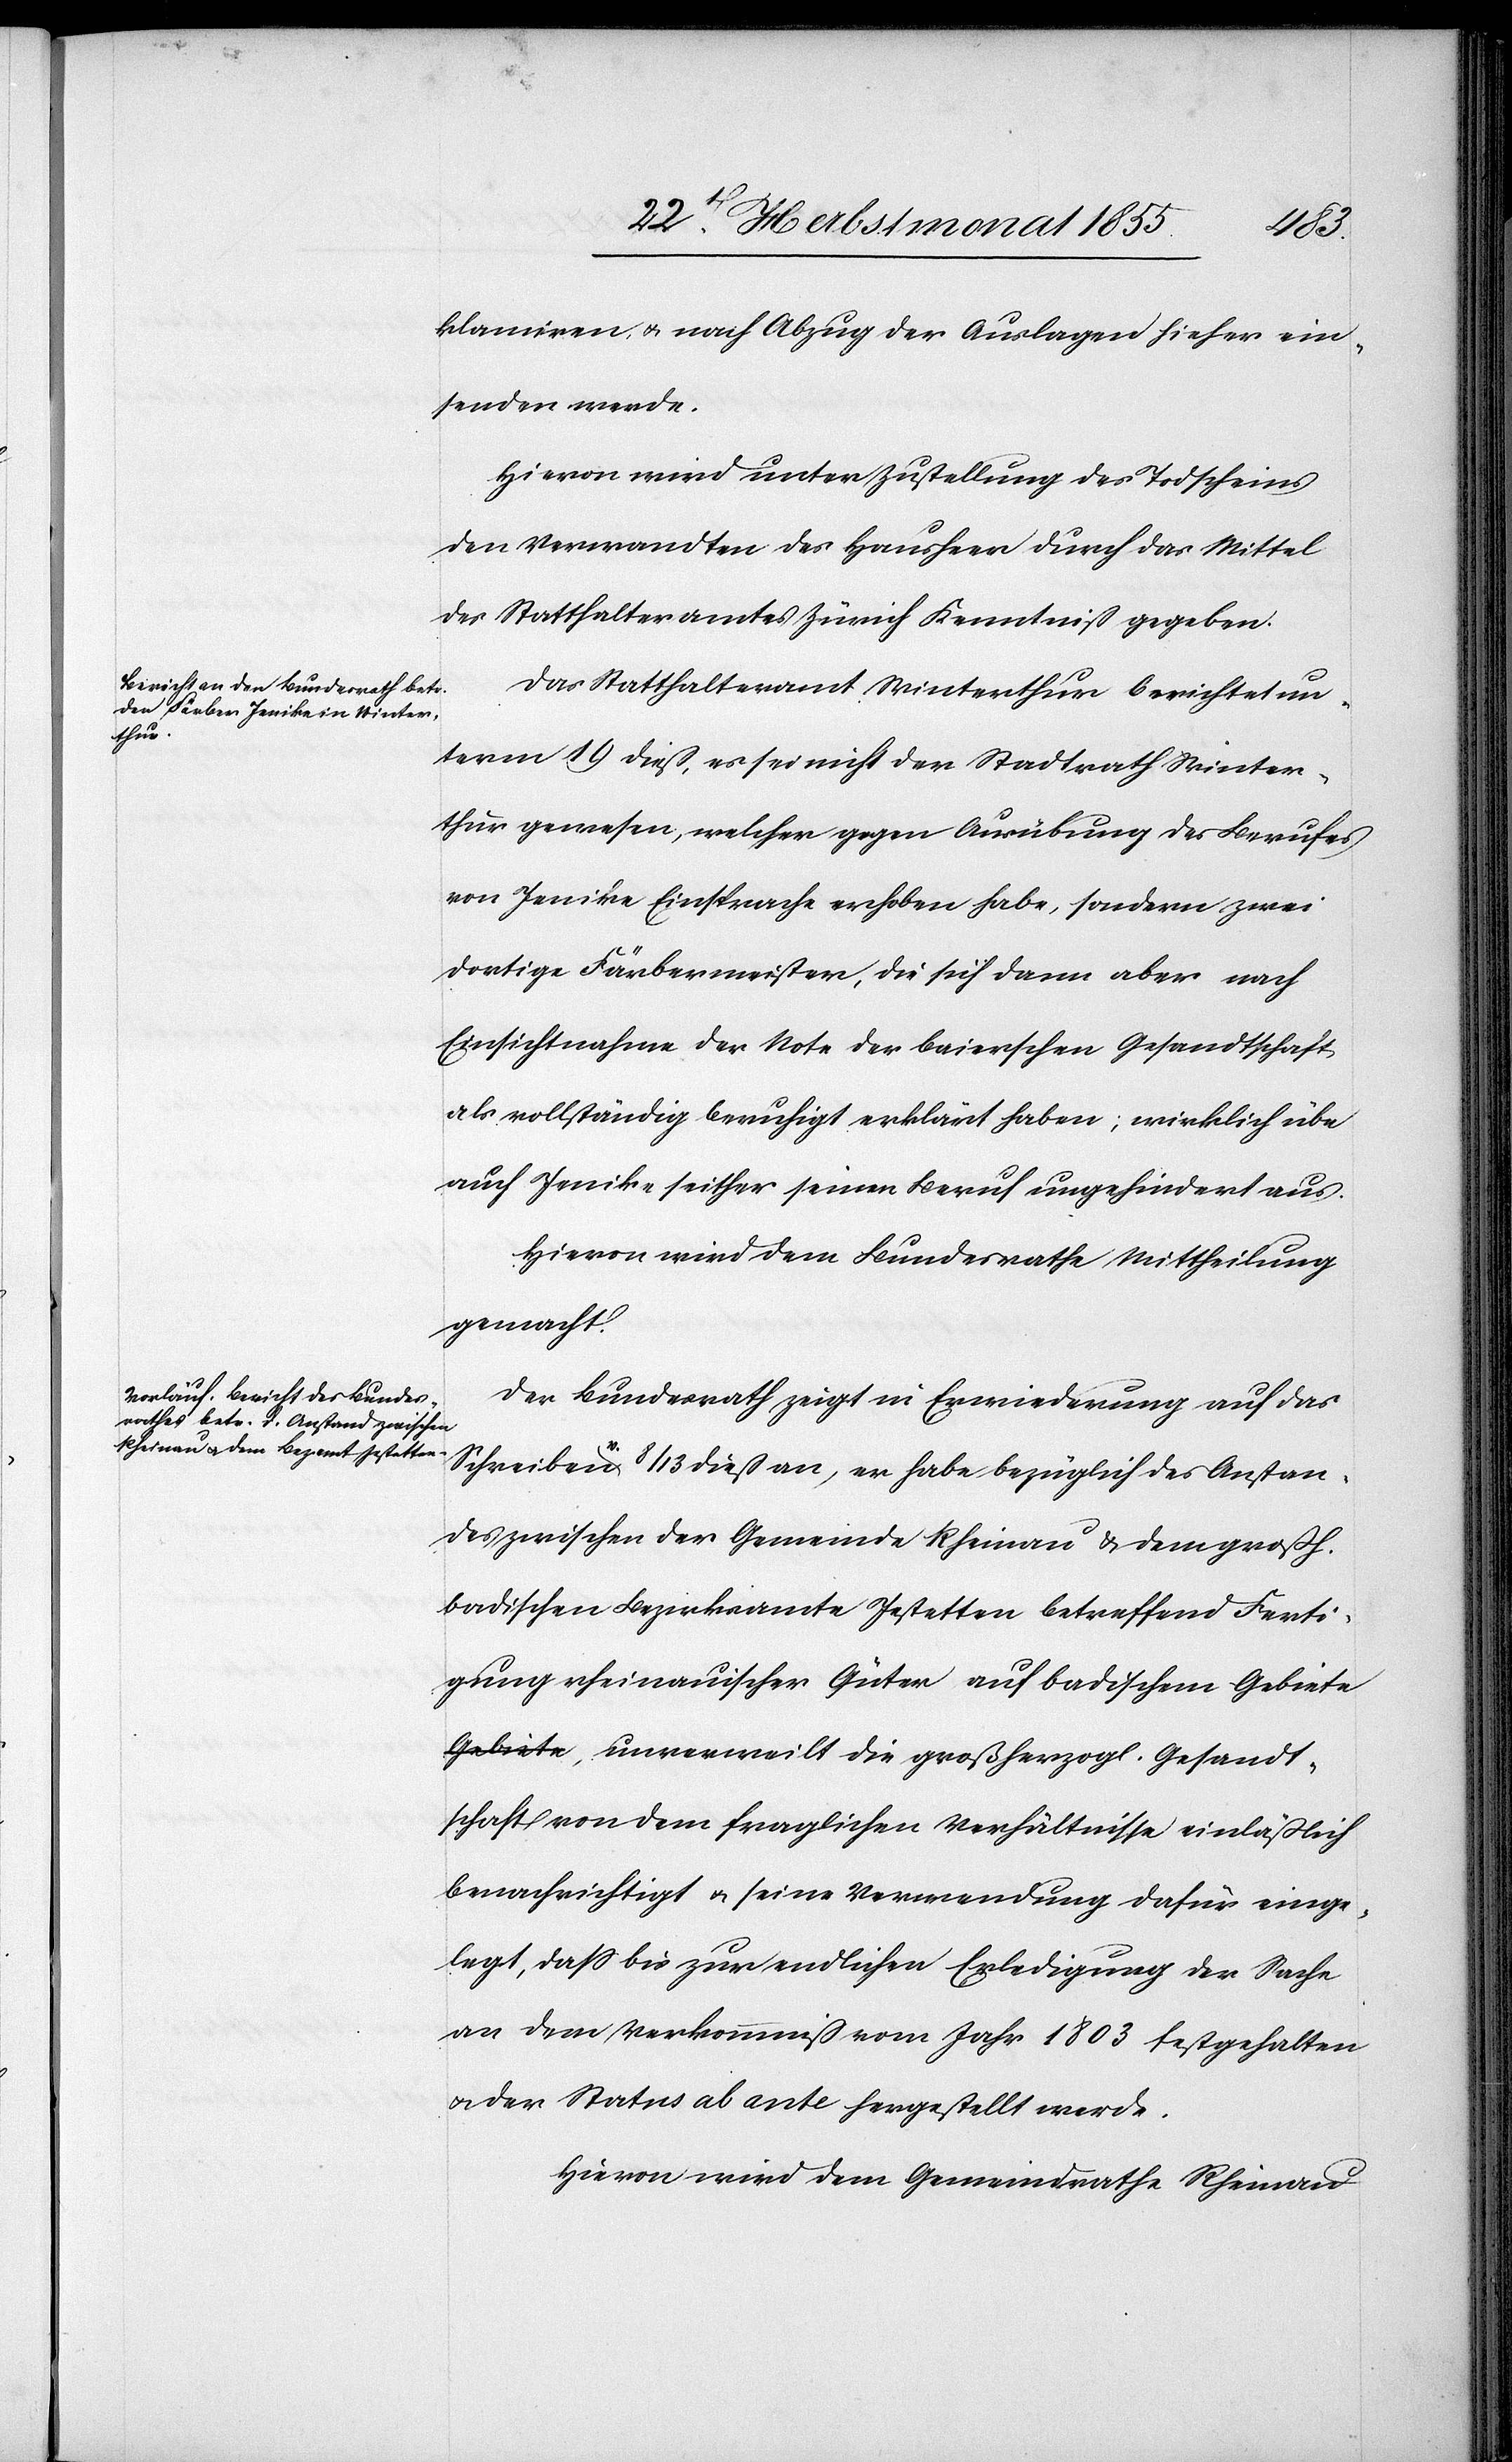
klamiren, & nach Abzug der Auslagen hieher ein¬
senden werde.
Hievon wird unter Zustellung des Todscheins
den Verwandten des Hausheer durch das Mittel
des Statthalteramtes Zürich Kenntniß gegeben.
Das Statthalteramt Winterthur berichtet un¬
term 19 dieß, es sei nicht der Stadtrath Winter¬
thur gewesen, welcher gegen Ausübung des Berufes
von Jenike Einsprache erhoben habe, sondern zwei
dortige Färbermeister, die sich dann aber nach
Einsichtnahme der Note der baierschen Gesandtschaft
als vollständig beruhigt erklärt haben; wirklich übe
auch Jenike seither seinen Beruf ungehindert aus.
Hievon wird dem Bundesrathe Mittheilung
gemacht.
Der Bundesrath zeigt in Erwiederung auf das
Schreiben v. 8 / 13 dieß an, er habe bezüglich des Anstan¬
des zwischen der Gemeinde Rheinau & dem großh.
badischen Bezirksamte Jestetten betreffend Ferti¬
gung rheinauischer Güter auf badischem Gebi¬
ete, unverweilt die großherzogl. Gesandt¬
schaft von dem fraglichen Verhältnisse einläßlich
benachrichtigt & seine Verwendung dafür einge¬
legt, dass bis zur endlichen Erledigung der Sache
an dem Verkommniß vom Jahr 1803 festgehalten
& der Status ab ante hergestellt werde.
Hievon wird dem Gemeindrathe Rheinau